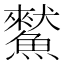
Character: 𩻜